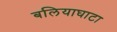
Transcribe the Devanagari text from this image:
बलियाघाटा